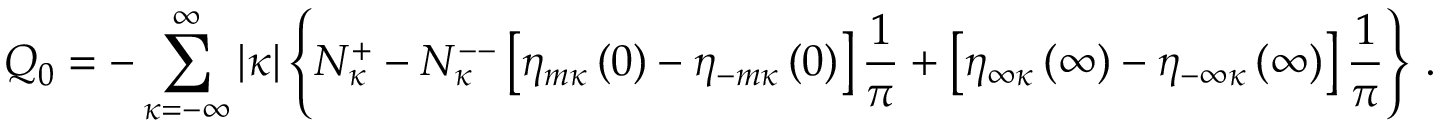
Q _ { 0 } = - \sum _ { \kappa = - \infty } ^ { \infty } \vert \kappa \vert \left\{ N _ { \kappa } ^ { + } - N _ { \kappa } ^ { -- } \left[ \eta _ { m \kappa } \left( 0 \right) - \eta _ { - m \kappa } \left( 0 \right) \right] \frac { 1 } { \pi } + \left[ \eta _ { \infty \kappa } \left( \infty \right) - \eta _ { - \infty \kappa } \left( \infty \right) \right] \frac { 1 } { \pi } \right\} \, .